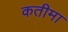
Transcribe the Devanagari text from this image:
कतीमा